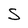
Character: S